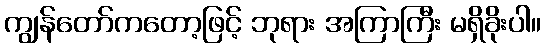
ကျွန်တော်ကတော့ဖြင့် ဘုရား အကြာကြီး မရှိခိုးပါ။